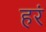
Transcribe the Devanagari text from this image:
हरं